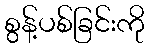
စွန့်ပစ်ခြင်းကို